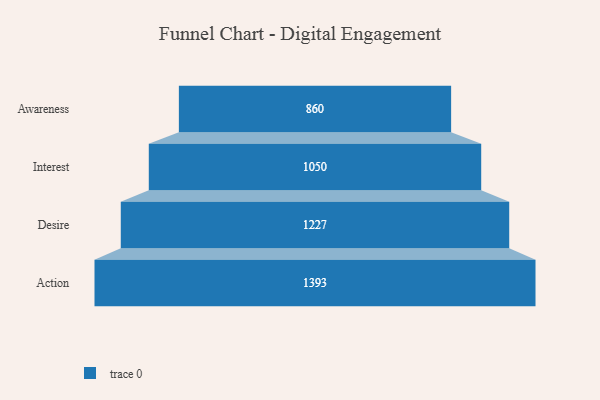
{"axis": {"x": "Stage", "y": "Value"}, "legend": [""], "data": [{"x": "Awareness", "y": 860.0, "type": ""}, {"x": "Interest", "y": 1050.0, "type": ""}, {"x": "Desire", "y": 1227.0, "type": ""}, {"x": "Action", "y": 1393.0, "type": ""}]}